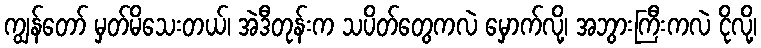
ကျွန်တော် မှတ်မိသေးတယ်၊ အဲဒီတုန်းက သပိတ်တွေကလဲ မှောက်လို့၊ အဘွားကြီးကလဲ ငိုလို့၊